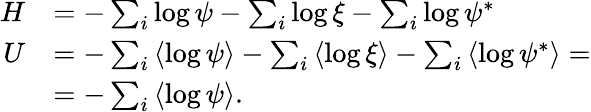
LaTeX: \begin{array}{rl}{H}&{=-\sum_{i}\log\psi-\sum_{i}\log\xi-\sum_{i}\log\psi^{*}}\\ {U}&{=-\sum_{i}\left\langle\log\psi\right\rangle-\sum_{i}\left\langle\log\xi\right\rangle-\sum_{i}\left\langle\log\psi^{*}\right\rangle=}\\ &{=-\sum_{i}\left\langle\log\psi\right\rangle.}\end{array}